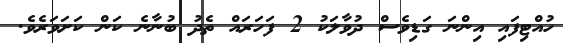
ހުއްޓިފައި އިންނަ ގަޑިވެސް ދުވާލަކު 2 ފަހަރައް ތެދު ބުނާނެ ކަން ކަށަވަރެވެ.